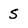
Character: S